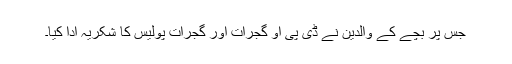
جس پر بچے کے والدین نے ڈی پی او گجرات اور گجرات پولیس کا شکریہ ادا کیا۔